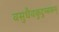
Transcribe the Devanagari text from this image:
वसुधैवकुटुम्बकम्